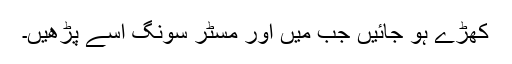
کھڑے ہو جائیں جب میں اور مسٹر سونگ اِسے پڑھیں۔